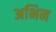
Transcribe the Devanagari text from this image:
अभिन